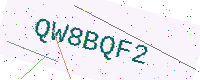
Text: QW8BQF2